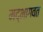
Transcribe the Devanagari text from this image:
मद्भागवत